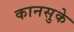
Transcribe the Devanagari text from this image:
कानसुके